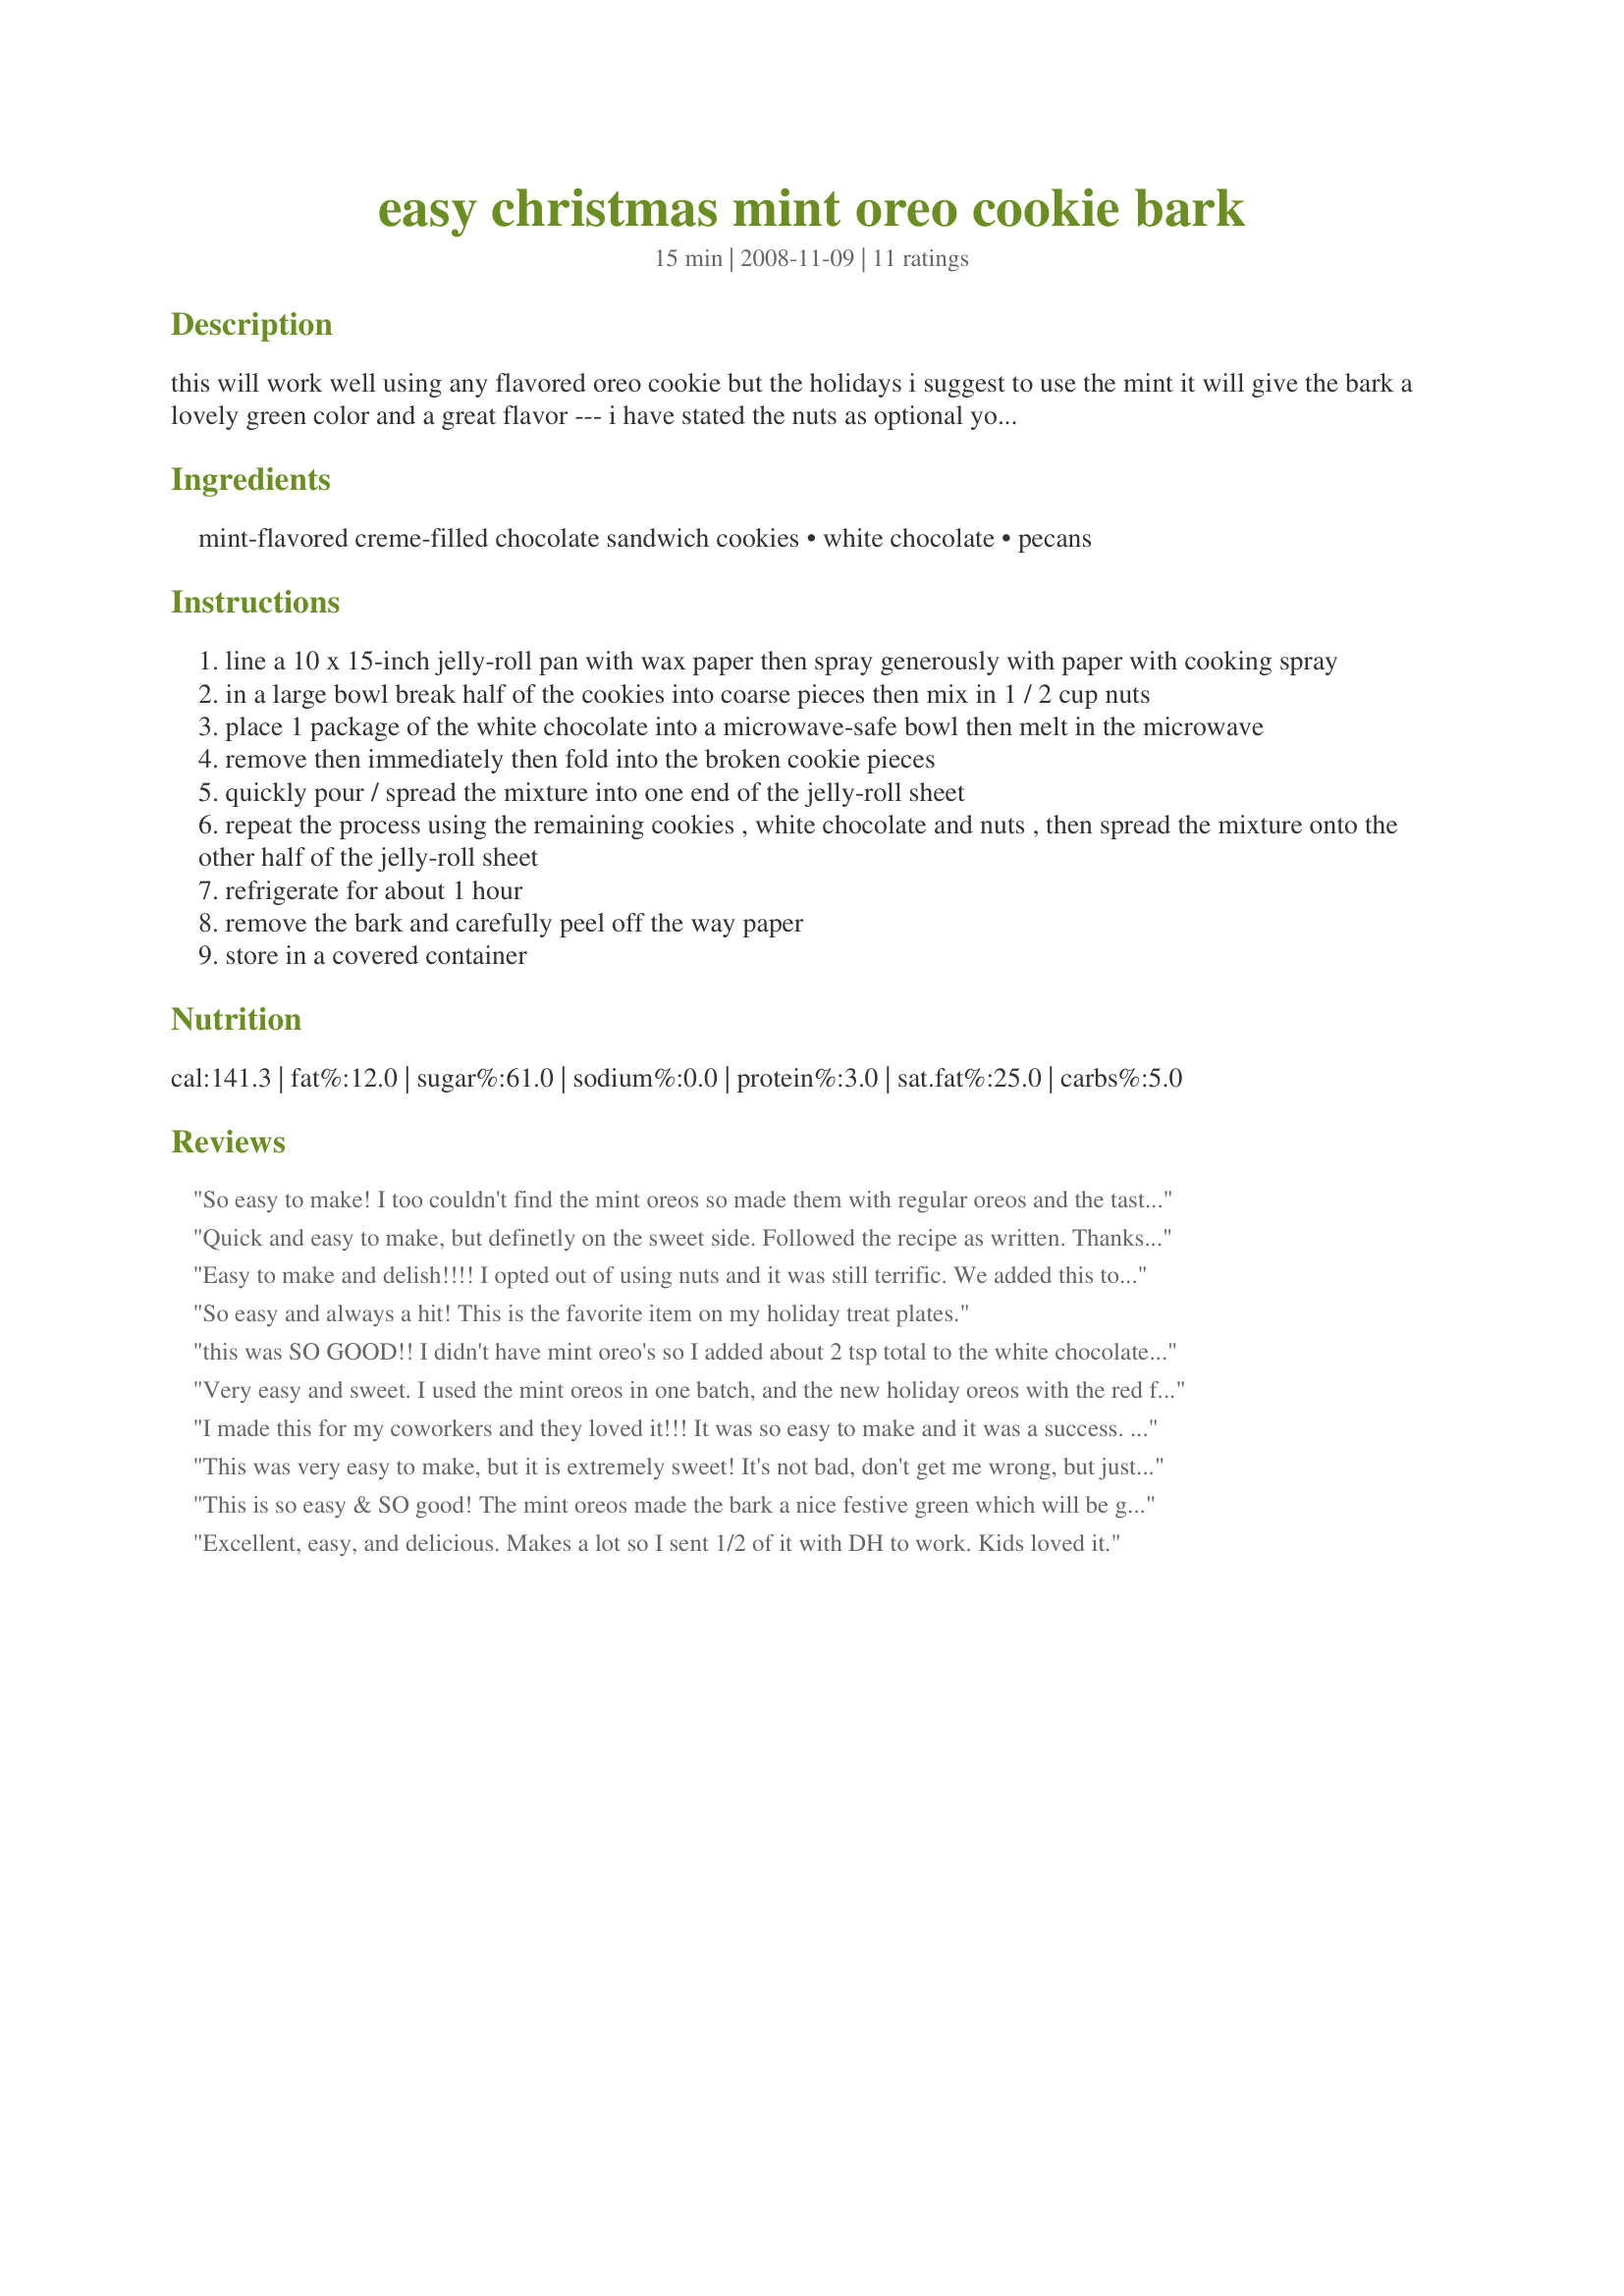
easy christmas mint oreo cookie bark
Preparation time: 15 minutes

this will work well using any flavored oreo cookie but the holidays i suggest to use the mint it will give the bark a lovely green color and a great flavor --- i have stated the nuts as optional you may add them in or omit ---servings is only estimated

Ingredients:
mint-flavored creme-filled chocolate sandwich cookies, white chocolate, pecans

Steps:
line a 10 x 15-inch jelly-roll pan with wax paper then spray generously with paper with cooking spray
in a large bowl break half of the cookies into coarse pieces then mix in 1 / 2 cup nuts
place 1 package of the white chocolate into a microwave-safe bowl then melt in the microwave
remove then immediately then fold into the broken cookie pieces
quickly pour / spread the mixture into one end of the jelly-roll sheet
repeat the process using the remaining cookies , white chocolate and nuts , then spread the mixture onto the other half of the jelly-roll sheet
refrigerate for about 1 hour
remove the bark and carefully peel off the way paper
store in a covered container

Reviews:
So easy to make! I too couldn't find the mint oreos so made them with regular oreos and the taste was great! Thanks!
Quick and easy to make, but definetly on the sweet side. Followed the recipe as written. Thanks for sharing!
Easy to make and delish!!!! I opted out of using nuts and it was still terrific. We added this to our Christmas goodie trays for family and friends and everyone raved about this recipe. So simple and yet soooo tasty! thanks so much for sharing this recipe!
So easy and always a hit! This is the favorite item on my holiday treat plates.
this was SO GOOD!! I didn't have mint oreo's so I added about 2 tsp total to the white chocolate bark (I used ghiradelli's). The cookies were easy to break, just pile up 4-5 at a time and press down on the whole stack. Definitely a must-try if you are a "cookies and cream" fan! I know this will be a big hit at our family Christmas party, thanks so much for this easy recipe!
Very easy and sweet. I used the mint oreos in one batch, and the new holiday oreos with the red filling in the 2nd, adding 1/4 cup peppermint flakes. Very festive.
I made this for my coworkers and they loved it!!! It was so easy to make and it was a success. I will definitely make this again.
This was very easy to make, but it is extremely sweet! It's not bad, don't get me wrong, but just way too sweet for everyone in our family. We prefer a more traditional peppermint bark, with the chocolate and white chocolate layers with peppermint bits (like the Williams-Sonoma peppermint bark). We also thought the appearence was not very appealing. I have lots left over, which is a rarity with a hungry husband and two hungry tweens!
This is so easy & SO good! The mint oreos made the bark a nice festive green which will be great for Christmas Eve gathering at our house. 
Definitely on my yearly holiday list!
Excellent, easy, and delicious. Makes a lot so I sent 1/2 of it with DH to work. Kids loved it.
These are so quick and easy to make with delightful results. I wish I'd found mint Oreo's but the results with vanilla Oreo's were great. Made for Newest Zaar Tag.
